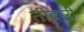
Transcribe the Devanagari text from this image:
तीदारी